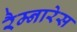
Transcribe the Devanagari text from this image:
रैम्नारेस